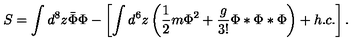
S = \int d ^ { 8 } z \bar { \Phi } \Phi - \left[ \int d ^ { 6 } z \left( \frac { 1 } { 2 } m \Phi ^ { 2 } + \frac { g } { 3 ! } \Phi * \Phi * \Phi \right) + h . c . \right] .